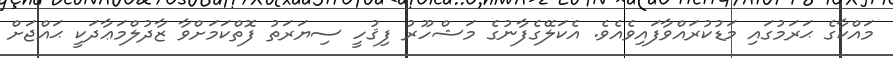
މައްކާގެ ޙަރަމުގައި މަޑުކުރައްވާފައިވެއެވެ. އެކަލޭގެފާނުގެ މަޝްހޫރު ފިޤުހީ ސިޔަރަތު ފޮތްކަމަށްވާ ޒާދުލްމަޢާދަކީ ޙައްޖަށް